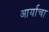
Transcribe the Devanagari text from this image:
आर्याचा